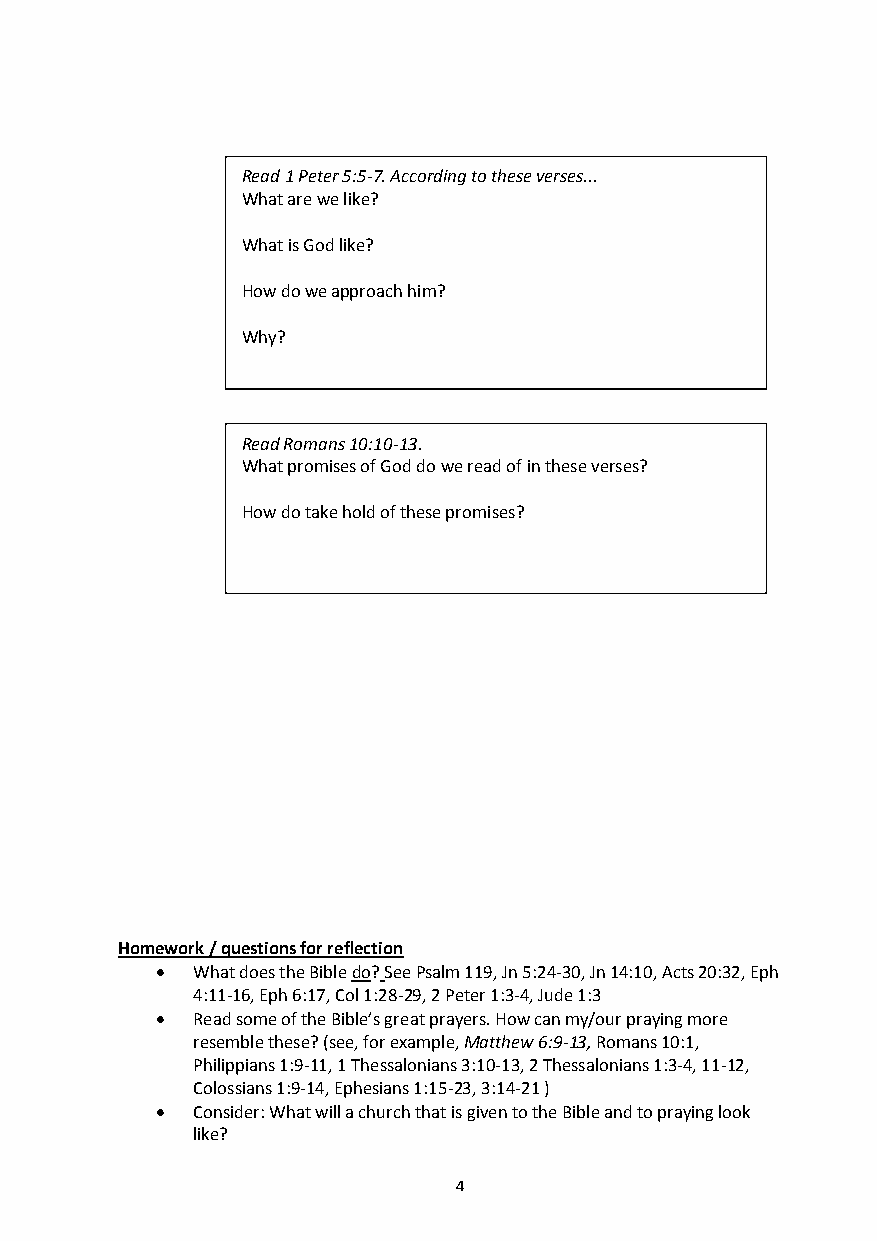
Read 1 Peter 5:5-7. According to these verses...
 What are we like?
 What is God like?
 How do we approach him?
 Why?
 Read Romans 10:10-13.
 What promises of God do we read of in these verses?
 How do take hold of these promises?
 Homework / questions for reflection
   What does the Bible do? See Psalm 119, Jn 5:24-30, Jn 14:10, Acts 20:32, Eph
 4:11-16, Eph 6:17, Col 1:28-29, 2 Peter 1:3-4, Jude 1:3
   Read some of the Bible’s great prayers. How can my/our praying more
 resemble these? (see, for example, Matthew 6:9-13, Romans 10:1,
 Philippians 1:9-11, 1 Thessalonians 3:10-13, 2 Thessalonians 1:3-4, 11-12,
 Colossians 1:9-14, Ephesians 1:15-23, 3:14-21 )
   Consider: What will a church that is given to the Bible and to praying look
 like?
 4